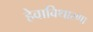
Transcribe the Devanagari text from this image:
हेवाविथारणा